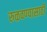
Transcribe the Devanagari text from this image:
रुळवण्यासाठी